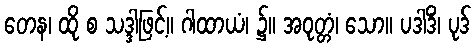
တေန၊ ထို စ သဒ္ဒါဖြင့်။ ဂါထာယံ၊ ၌။ အဝုတ္တံ၊ သော။ ပဒါဒိံ၊ ပုဒ်